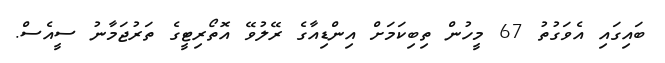
ބައިގައި އެވަގުތު 67 މީހުން ތިބިކަމަށް އިންޑިއާގެ ރޭލުވޭ އޮތޯރިޓީގެ ތަރުޖަމާނު ސީއެސް.